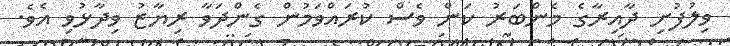
ވިލުފުށި ދާއިރާގެ މެންބަރު ކަން ވެސް ކުރައްވަމުން ގެންދަވާ ރިޔާޒު ވިދާޅުވި އެވެ.